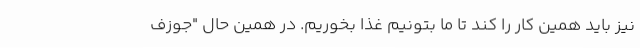
نیز باید همین کار را کند تا ما بتونیم غذا بخوریم. در همین حال "جوزف